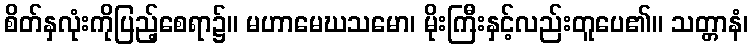
စိတ်နှလုံးကိုပြည့်စေရာ၌။ မဟာမေဃသမော၊ မိုးကြီးနှင့်လည်းတူပေ၏။ သတ္တာနံ၊